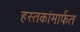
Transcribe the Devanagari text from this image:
हस्तकांमार्फत